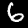
Label: 6